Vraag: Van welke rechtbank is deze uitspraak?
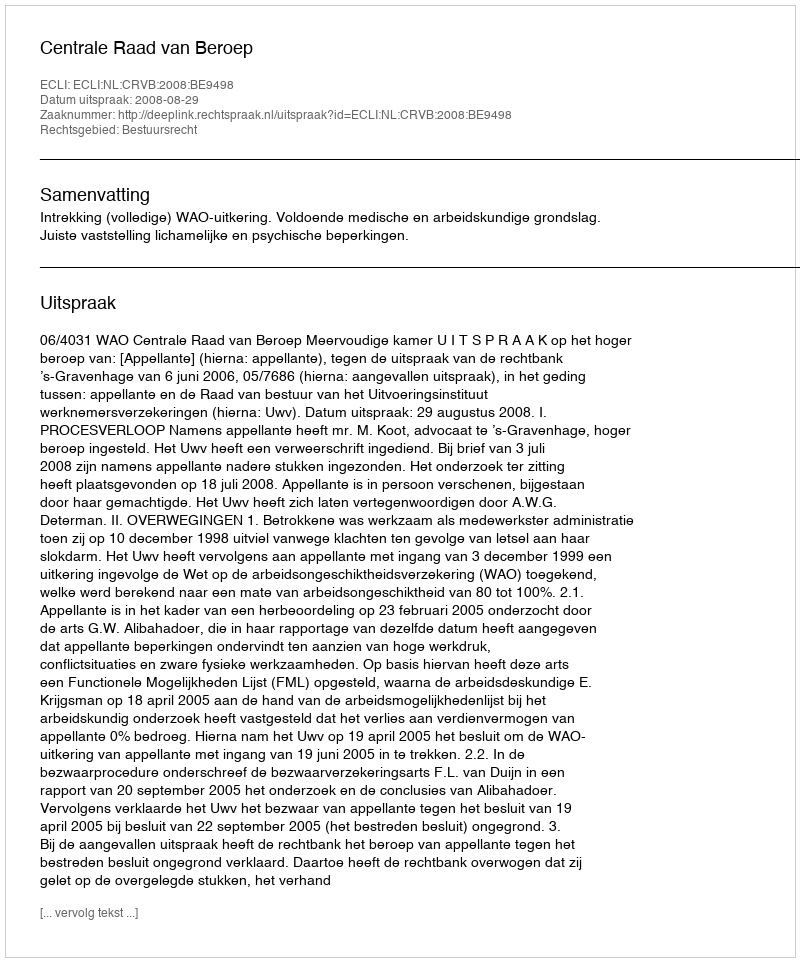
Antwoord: Centrale Raad van Beroep